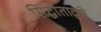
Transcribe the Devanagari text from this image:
सिद्धांताद्वारे